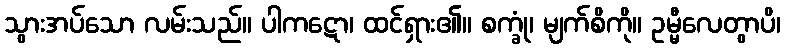
သွားအပ်သော လမ်းသည်။ ပါကဋော၊ ထင်ရှား၏။ စက္ခုံ၊ မျက်စိကို။ ဥမ္မီလေတွာပိ၊